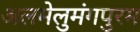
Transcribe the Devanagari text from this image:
अलमेलुमंगपुरम